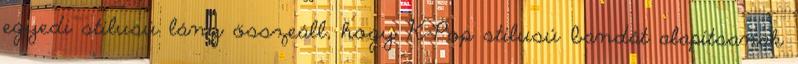
egyedi stílusú lány összeáll, hogy K-Pop stílusú bandát alapítsanak